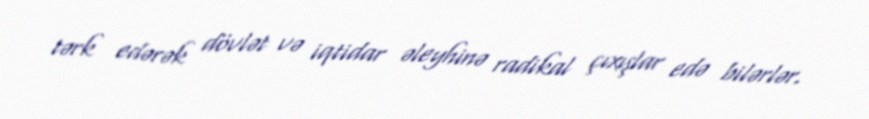
tərk edərək dövlət və iqtidar əleyhinə radikal çıxışlar edə bilərlər.